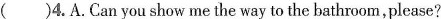
( ）4. A. Can you show me the way to the bathroom,please?